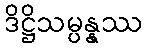
ဒိဋ္ဌိသမ္ပန္နဿ